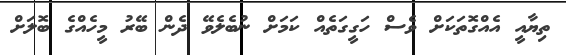
ތިޔާއީ އެއްގޮތަކަށް ވެސް ހަގީގަތެއް ކަމަށް ނުބެލެވޭ ދެން ބޭރު މީހެއްގެ ބޮލަށް